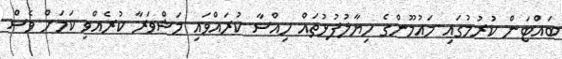
ބައްޓަން ކުރުމުގައި މައުމޫންގެ ހިޔާލުފުޅުތައް ހިއްސާ ކުރައްވައި މަޝްވަރާ ކުރެއްވި ކަމަށް ވެސް